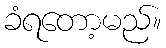
ခံရတော့မည်။